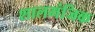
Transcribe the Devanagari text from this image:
शालमंजिक